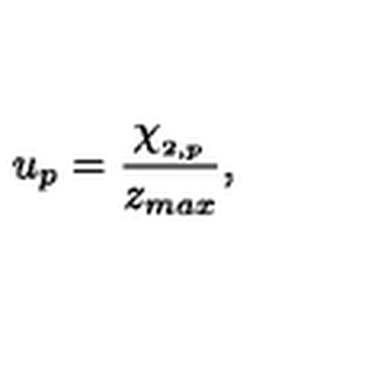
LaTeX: u _ { p } = \frac { \chi _ { _ { 2 , p } } } { z _ { m a x } } ,